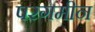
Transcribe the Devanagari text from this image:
परगमीन